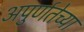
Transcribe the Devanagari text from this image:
अपुर्णतेच्या